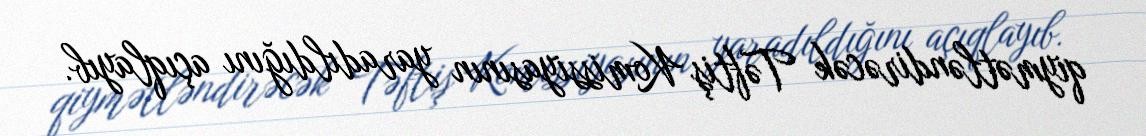
qiymətləndirəcək Təftiş Komissiyasının yaradıldığını açıqlayıb.